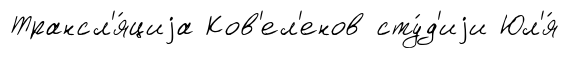
Трансл'я́циjа Ков'ел'енов сту́д'иjи Юл'я́